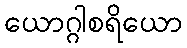
ယောဂ္ဂါစရိယော